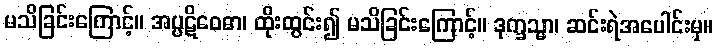
မသိခြင်းကြောင့်။ အပ္ပဋိဝေဓာ၊ ထိုးထွင်း၍ မသိခြင်းကြောင့်။ ဒုက္ခသ္မာ၊ ဆင်းရဲအပေါင်းမှ။